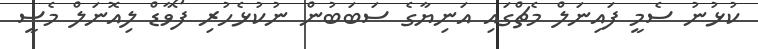
ކުޅުނު ސެމީ ފައިނަލް މެޗްގައި އަނިޔާގެ ސަބަބުން ނުކުޅެހުރި ފޯވާޑް ލިއޮނަލް މެސީ